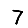
Digit: 7